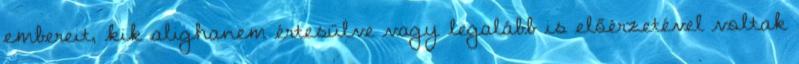
embereit, kik alighanem értesülve vagy legalább is előérzetével voltak